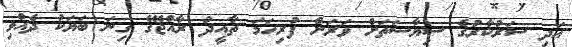
އަދި ސަރުކާރުގެ ސިޔާސަތަށް ވަރަށް ފުރިހަމަ ތާއީދު ރާއްޖޭގެ ގިނަ ބަޔަކު ދެއްވި